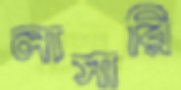
লাসারি